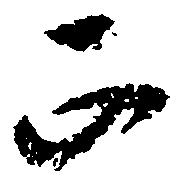
正